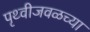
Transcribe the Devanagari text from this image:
पृथ्वीजवळच्या